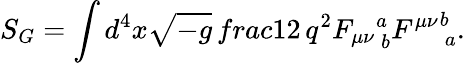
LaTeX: S_{G}=\int d^{4}x\sqrt{-g}\, frac{1}{2\, q^{2}}{F_{\mu\nu}}_{\ b}^{a}{F^{\mu\nu}}_{\ a}^{b}.